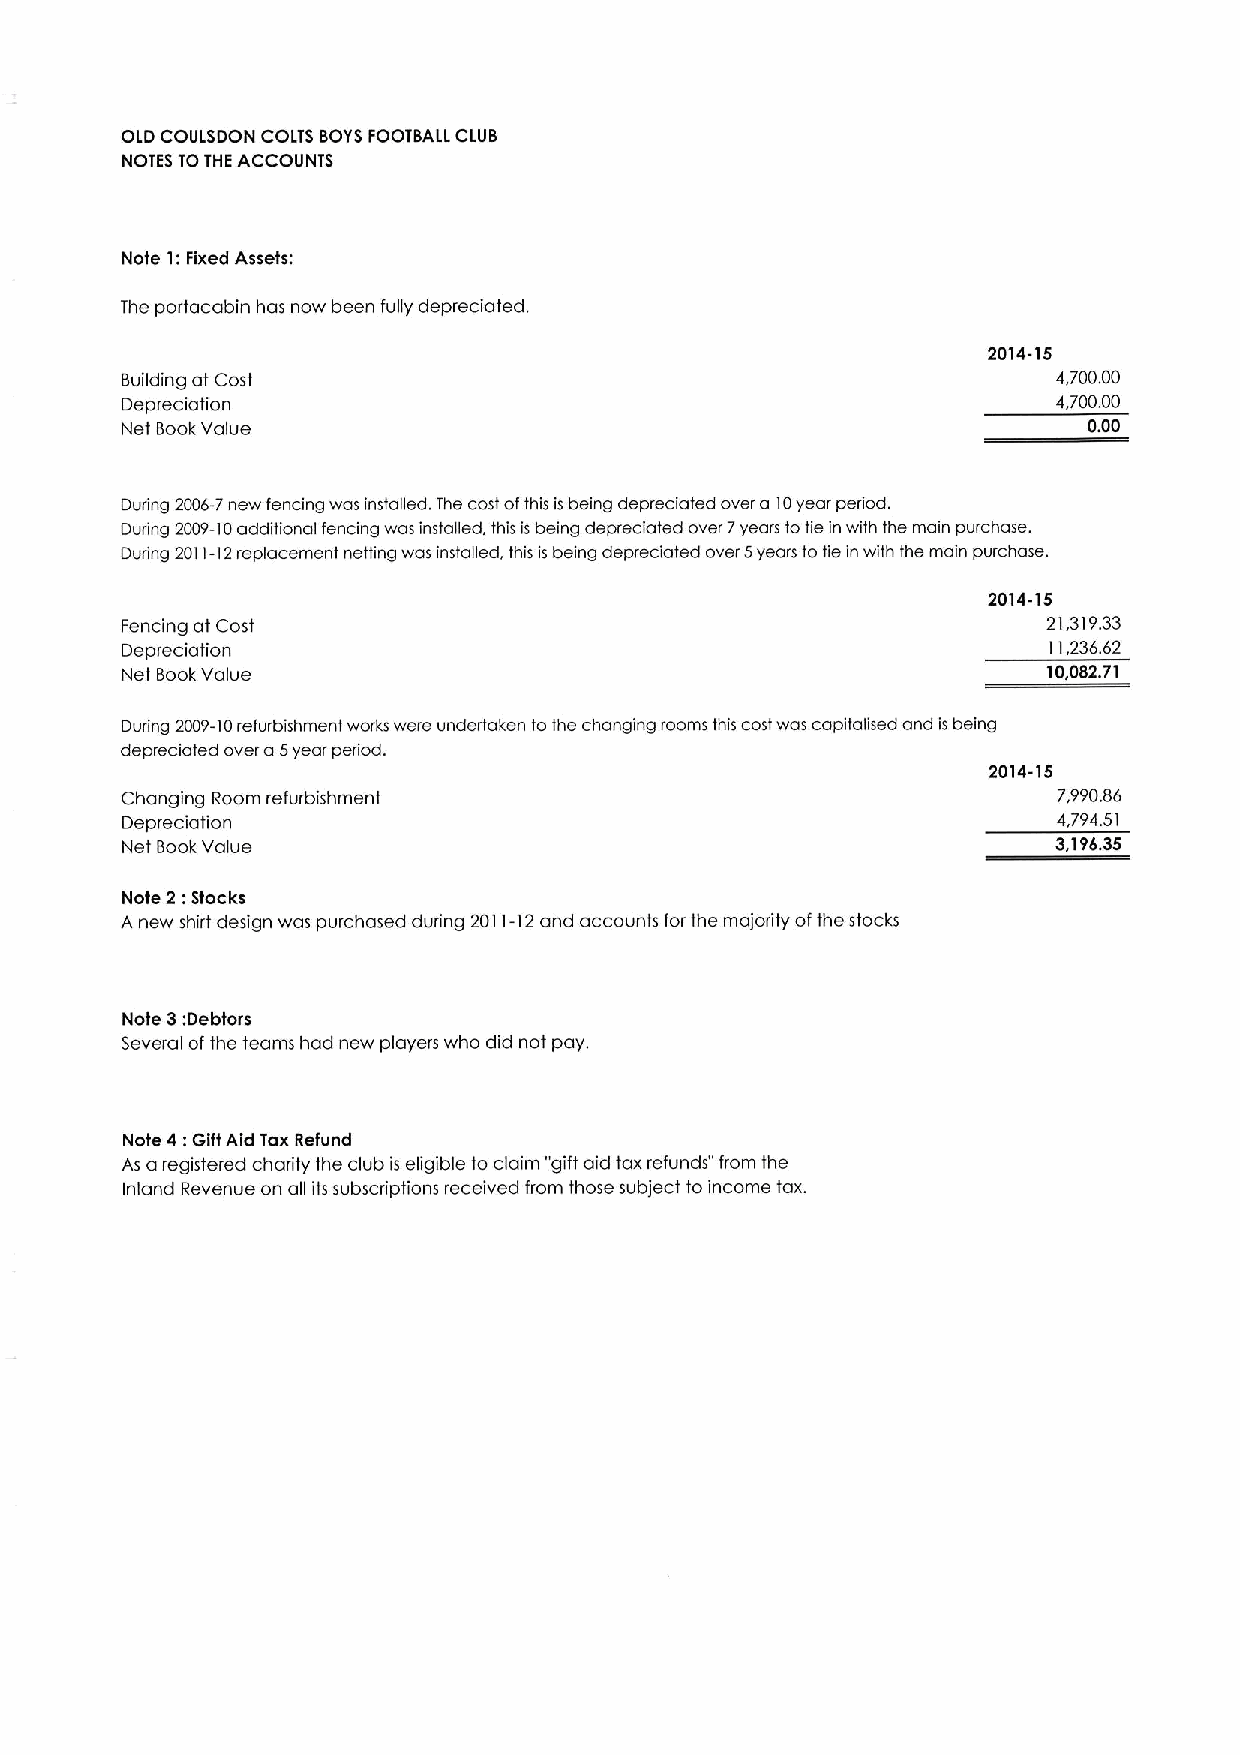
OLD COULSDON COLTS BOYSFOOTBALL CLUB
 NOTES TOTHEACCOUNTS
 Note 1:Fixed Assets:
 The portacabin has now been fully depreciated.
 2014-15
 Building at Cost                                              4,700.00
 Depreciation                                                  4,700.00
 Net BookValue                                                   0.00
 Drxing 2006-7new fencing was installed. The cost ofthis is being depreciated over a 10year period.
 Dudng 2009-10additional fencing was installed, this is being depreciated over 7years to tie in with the main purchase.
 During 2011-12replacement netting was installed, this is being depreciated over 5years to tie in with the main purchase.
 2014-15
 Fencing at Cost                                              21,319.33
 Depreciation                                                 11,236.62
 Net BookValue                                                10,082.71
 During 2009-10refurbishment works were undertaken to the changing rooms this costwas capitalised and is being
 depreciated over a 5year period.
 2014-15
 Changing Room refurbishment                                   7,990.86
 Depreciation                                                  4,794.5I
 Net BookValue                                                 3,196.35
 2:
 Note Stocks
 A new shirt design was purchased during 2011-12and accounts for the majority ofthe stocks
 Note 3:Debtors
 Several ofthe teams had new players who did not pay.
 4:
 Note Gift Aid Tax Refund
 As a registered charity the club is eligible to claim "gift aid tax refunds" from the
 Inland Revenue on all its subscriptions received from those subject to income tax.